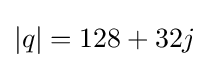
|q|=128+32j